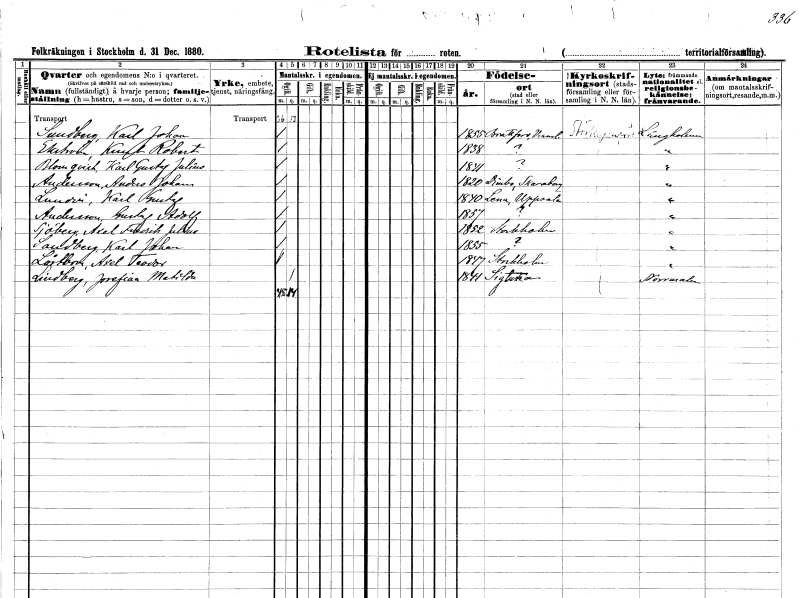
gt_parse: households: individuals: FN: Karl Johan
EN: Sundberg
KON: M
CIV: O
FODAR: 1855
FODFORS: Brattfors Värmlands län
FN: Knut Robert
EN: Ekström
KON: M
CIV: O
FODAR: 1838
FN: Karl Gustaf Julius
EN: Blomqvist
KON: M
CIV: O
FODAR: 1841
FN: Anders Johan
EN: Andersson
KON: M
CIV: O
FODAR: 1820
FODFORS: Dimbo Skaraborgs län
FN: Karl Gustaf
EN: Lundin
KON: M
CIV: O
FODAR: 1840
FODFORS: Lena Uppsala län
FN: Gustaf Adolf
EN: Andersson
KON: M
CIV: O
FODAR: 1857
FN: Axel Fredrik Julius
EN: Sjöberg
KON: M
CIV: O
FODAR: 1852
FODFORS: Stockholm
FN: Karl Johan
EN: Sandberg
KON: M
CIV: O
FODAR: 1855
FN: Axel Teodor
EN: Lästbom
KON: M
CIV: O
FODAR: 1847
FODFORS: Stockholm
FN: Josefina Matilda
EN: Lindberg
KON: K
CIV: O
FODAR: 1844
FODFORS: Sigtuna Stockholms län